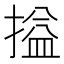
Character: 搤